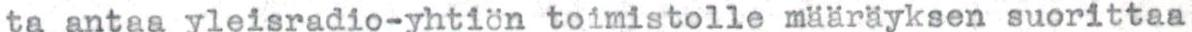
ta antaa yleisradio-yhtiön toimistolle määräyksen suorittaa